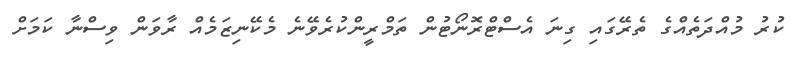
ކުރު މުއްދަތެއްގެ ތެރޭގައި ގިނަ އެސްޓްރޮނޯޓުން ތަމްރީންކުރެވޭނެ މެކޭނިޒަމެއް ރާވަން ވިސްނާ ކަމަށް